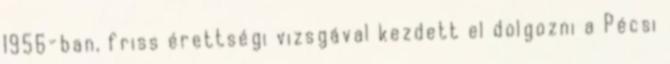
1956-ban, friss érettségi vizsgával kezdett el dolgozni a Pécsi